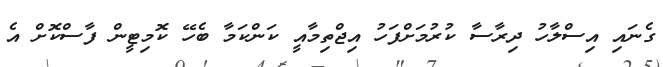
ގެނައި އިސްލާހު ދިރާސާ ކުރުމަށްފަހު އިޖްތިމާއީ ކަންކަމާ ބެހޭ ކޮމިޓީން ފާސްކޮށް އެ